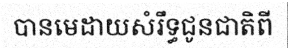
បានមេដាយសំរឹទ្ធជូនជាតិពី